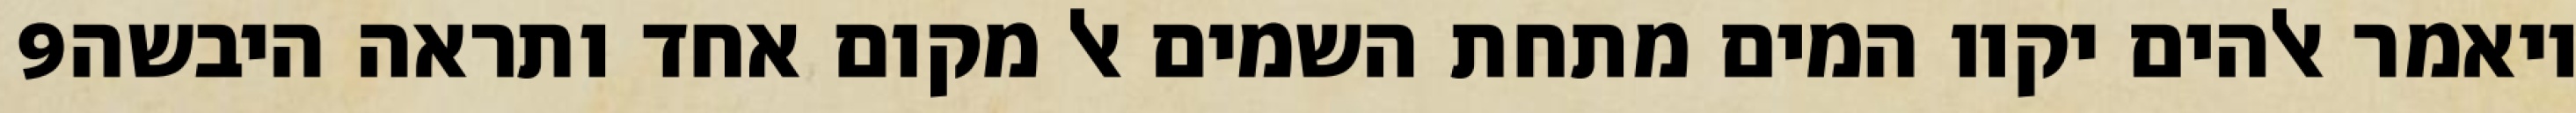
‎9‏ ויאמר אלהים יקוו המים מתחת השמים אל מקום אחד ותראה היבשה